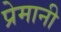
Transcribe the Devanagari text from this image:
प्रेमानी